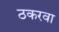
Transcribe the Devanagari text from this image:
ठकरवा